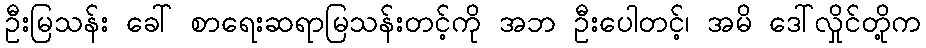
ဦးမြသန်း ခေါ် စာရေးဆရာမြသန်းတင့်ကို အဘ ဦးပေါတင့်၊ အမိ ဒေါ်လှိုင်တို့က